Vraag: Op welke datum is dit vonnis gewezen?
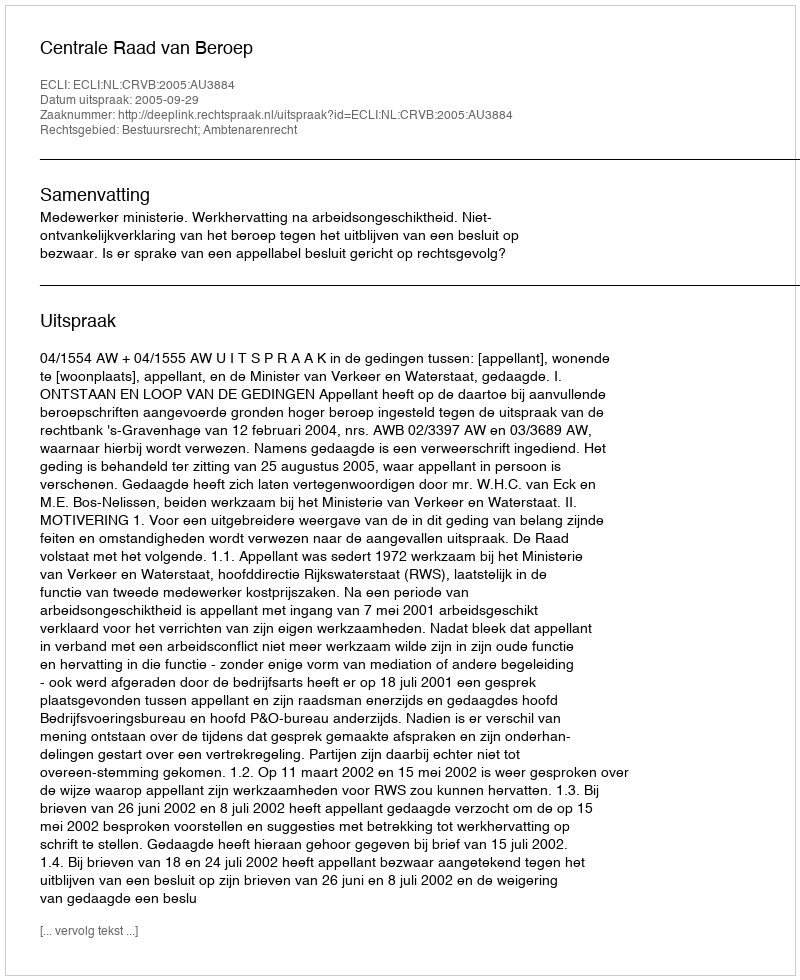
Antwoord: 2005-09-29